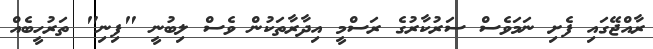
ރާއްޖޭގައި ފެށި ނަމަވެސް ސަރުކާރުގެ ރަސްމީ އިދާރާތަކުން ވެސް ލިބުނީ "ފިނި" ތަރުހީބެއް